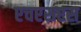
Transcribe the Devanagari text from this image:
एचएसएस